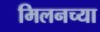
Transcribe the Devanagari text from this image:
मिलनच्या